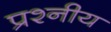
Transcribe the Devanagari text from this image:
प्रश्नीय